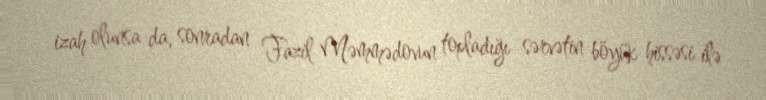
izah olunsa da, sonradan Fazil Məmmədovun topladığı sərvətin böyük hissəsi ilə